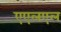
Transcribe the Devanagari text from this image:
एएलएल